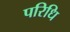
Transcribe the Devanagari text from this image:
परिधि